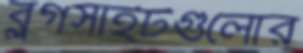
ব্লগসাইটগুলোর